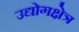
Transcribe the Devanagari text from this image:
उद्योगक्षेत्र